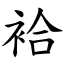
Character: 袷